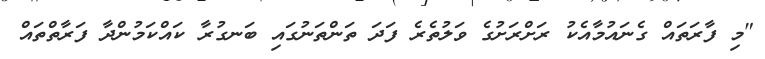
"މި ފާރަތައް ގެނައުމާއެކު ރަށްރަށުގެ ވަލުތެރެ ފަދަ ތަންތަނުގައި ބަނގުރާ ކައްކަމުންދާ ފަރާތްތައް